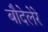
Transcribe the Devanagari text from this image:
बौदेलेरे